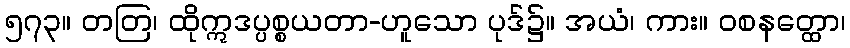
၅၇၃။ တတြ၊ ထိုဣဒပ္ပစ္စယတာ-ဟူသော ပုဒ်၌။ အယံ၊ ကား။ ဝစနတ္ထော၊